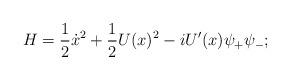
LaTeX: \begin{align*}H=\frac{1}{2}\dot{x}^{2}+\frac{1}{2}U(x)^{2}-iU'(x)\psi_{+}\psi_{-};\end{align*}